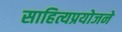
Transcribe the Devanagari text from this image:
साहित्यप्रयोजने